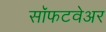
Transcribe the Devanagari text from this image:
सॉफटवेअर